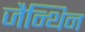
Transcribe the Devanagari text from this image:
जैन्थिन